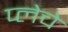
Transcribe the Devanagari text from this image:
प्लेचे